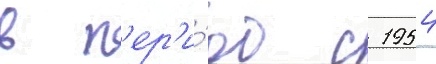
в п'ер'и́од с 1954